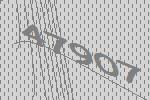
47907